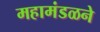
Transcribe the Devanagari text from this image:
महामंडळने